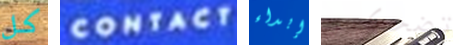
كل CONTACT إبداء تضحكين